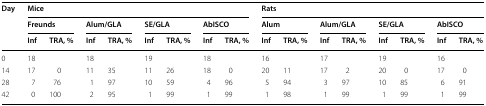
| <ROWSPAN=3> Day | <COLSPAN=8> Mice | <COLSPAN=8> Rats |
 | <COLSPAN=2> Freunds | <COLSPAN=2> Alum/GLA | <COLSPAN=2> SE/GLA | <COLSPAN=2> AbISCO | <COLSPAN=2> Alum | <COLSPAN=2> Alum/GLA | <COLSPAN=2> SE/GLA | <COLSPAN=2> AbISCO |
 | Inf | TRA, % | Inf | TRA, % | Inf | TRA, % | Inf | TRA, % | Inf | TRA, % | Inf | TRA, % | Inf | TRA, % | Inf | TRA, % |
 | --- | --- | --- | --- | --- | --- | --- | --- | --- | --- | --- | --- | --- | --- | --- | --- | --- |
 | 0 | 18 |  | 18 |  | 19 |  | 18 |  | 16 |  | 17 |  | 19 |  | 16 |  |
 | 14 | 17 | 0 | 11 | 35 | 11 | 26 | 18 | 0 | 20 | 11 | 17 | 2 | 20 | 0 | 17 | 0 |
 | 28 | 7 | 76 | 1 | 97 | 10 | 59 | 4 | 96 | 5 | 94 | 3 | 97 | 10 | 85 | 6 | 91 |
 | 42 | 0 | 100 | 2 | 95 | 1 | 99 | 1 | 99 | 1 | 98 | 1 | 99 | 1 | 99 | 1 | 99 |